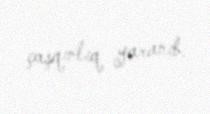
çaşqınlıq yaranıb.